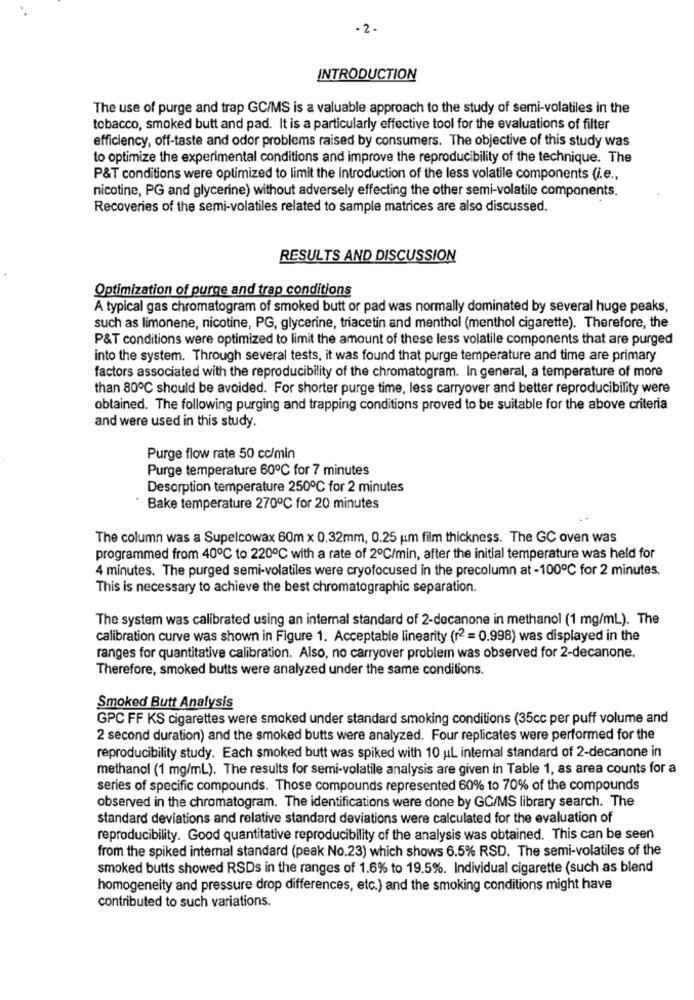
- 2-
INTRODUCTION
The use of purge and trap GC/MS is a valuable approach to the study of semi-volatiles in the
tobacco, smoked butt and pad. It is a particularly effective tool for the evaluations of filter
efficiency, off-taste and odor problems raised by consumers. The objective of this study was
to optimize the experimental conditions and improve the reproducibility of the technique. The
P&T conditions were optimized to limit the introduction of the less volatile components (i.e .,
nicotine, PG and glycerine) without adversely effecting the other semi-volatile components.
Recoveries of the semi-volatiles related to sample matrices are also discussed.
RESULTS AND DISCUSSION
Optimization of purge and trap conditions
A typical gas chromatogram of smoked butt or pad was normally dominated by several huge peaks,
such as limonene, nicotine, PG, glycerine, triacetin and menthol (menthol cigarette). Therefore, the
P&T conditions were optimized to limit the amount of these less volatile components that are purged
into the system. Through several tests, it was found that purge temperature and time are primary
factors associated with the reproducibility of the chromatogram. In general, a temperature of more
than 80℃ should be avoided. For shorter purge time, less carryover and better reproducibility were
obtained. The following purging and trapping conditions proved to be suitable for the above criteria
and were used in this study.
Purge flow rate 50 cc/min
Purge temperature 60℃ for 7 minutes
Desorption temperature 250℃ for 2 minutes
Bake temperature 270℃ for 20 minutes
The column was a Supelcowax 60m x 0.32mm, 0.25 um film thickness. The GC oven was
programmed from 40℃ to 220℃ with a rate of 2ºC/min, after the initial temperature was held for
4 minutes. The purged semi-volatiles were cryofocused in the precolumn at -100℃ for 2 minutes.
This is necessary to achieve the best chromatographic separation.
The system was calibrated using an internal standard of 2-decanone in methanol (1 mg/ml). The
calibration curve was shown in Figure 1. Acceptable linearity (r2 = 0.998) was displayed in the
ranges for quantitative calibration. Also, no carryover problem was observed for 2-decanone.
Therefore, smoked butts were analyzed under the same conditions.
Smoked Butt Analysis
GPC FF KS cigarettes were smoked under standard smoking conditions (35cc per puff volume and
2 second duration) and the smoked butts were analyzed. Four replicates were performed for the
reproducibility study. Each smoked butt was spiked with 10 uL internal standard of 2-decanone in
methanol (1 mg/ml). The results for semi-volatile analysis are given in Table 1, as area counts for a
series of specific compounds. Those compounds represented 60% to 70% of the compounds
observed in the chromatogram. The identifications were done by GC/MS library search. The
standard deviations and relative standard deviations were calculated for the evaluation of
reproducibility. Good quantitative reproducibility of the analysis was obtained. This can be seen
from the spiked internal standard (peak No.23) which shows 6.5% RSD. The semi-volatiles of the
smoked butts showed RSDs in the ranges of 1.6% to 19.5%. Individual cigarette (such as blend
homogeneity and pressure drop differences, etc.) and the smoking conditions might have
contributed to such variations.